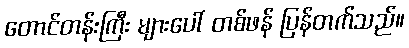
တောင်တန်းကြီး များပေါ် တစ်ဖန် ပြန်တက်သည်။